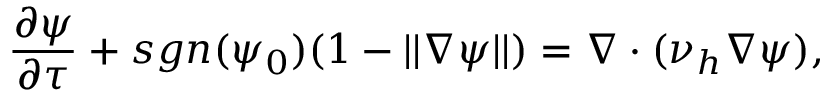
\frac { \partial \psi } { \partial \tau } + s g n ( \psi _ { 0 } ) ( 1 - | | \nabla \psi | | ) = \nabla \cdot ( \nu _ { h } \nabla \psi ) ,